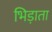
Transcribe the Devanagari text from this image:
भिड़ाता